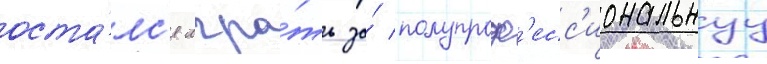
оста́лс'я игра́ть за́ полупроф'есс'иональнуу